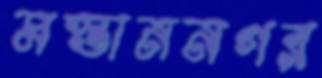
মস্তাননগর